Report of the Municipal Commissioner on the plague in Bombay for the year ending 31st May... - Volume 2
Disease focus: Plague
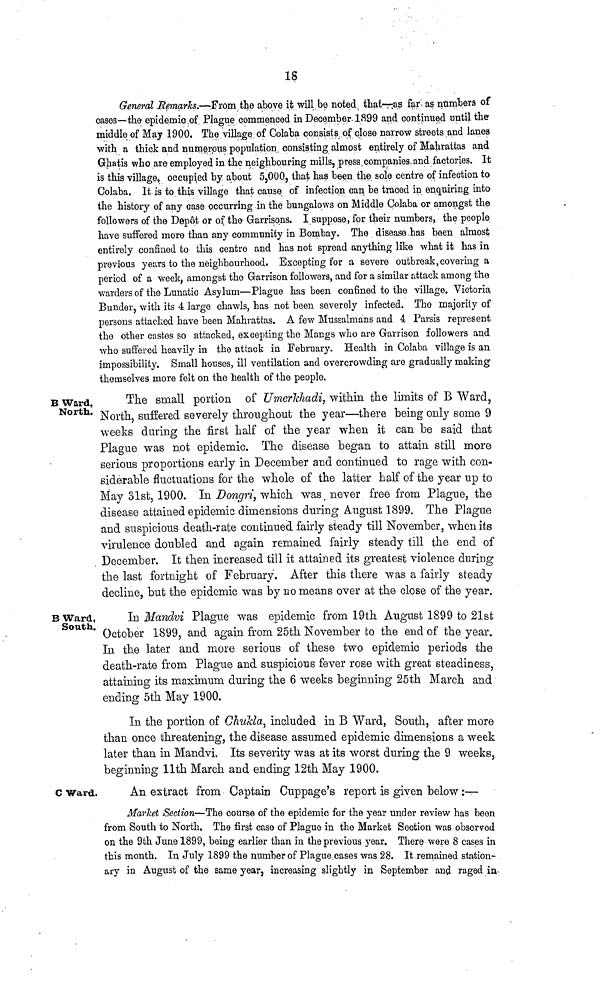
18
General Remarks.—'From the above it will be noted that—as far as numbers of
cases—the epidemic of Plague commenced in December-189 9 and continued until the-
middle of May 1900. The village of Colaba consists of close narrow streets and lanes
with a thick and numerous population consisting almost entirely of Mahrattas and
Ghatis who are employed in the neighbouring mills, press companies.and factories. It
is this village, occupied by about 5,000, that has been the sole centre of infection to
Colaba. It is to this village that cause of infection can be traced in enquiring into
the history of any case occurring in the bungalows on Middle Colaba or amongst the
followers of the Dep6t or of the Garrisons. I suppose, for their numbers, the people
have suffered more than any community in Bombay. The disease has been almost
entirely confined to this centre and has not spread anything like what it has in
previous years to the neighbourhood. Excepting for a severe outbreak,covering a
period of a week, amongst the Garrison followers, and for a similar attack among the
warders of the Lunatic Asylum—Plague has been confined to the village. Victoria
Bunder, with its 4 large chawls, has not been severely infected. The majority of
persons attacked have been Mahrattas. A few Mussalmans and 4 Parsis represent
the other castes so attacked, excepting the Mangs who are Garrison followers and
who suffered heavily in the attack in February. Health in Colaba village is an
impossibility. Small houses, ill ventilation and overcrowding are gradually making
themselves more felt on the health of the people.
B Ward,
North.
The small portion of Umer'kliadi, within the limits of B Ward,
North, suffered severely throughout the year—there being only some 9
weeks during the first half of the year when it can be said that
Plague was not epidemic. The disease began to attain still more
serious proportions early in December and continued to rage with con-
siderable fluctuations for the whole of the latter half of the year up to
May 31st, 1900. In Dongri, which was. never free from Plague, the
disease attained epidemic dimensions during August 1899. The Plague
and suspicious death-rate continued fairly steady till November, when its
virulence doubled and again remained fairly steady till the end of
December. It then increased till it attained its greatest violence during
the last fortnight of February. After this there was a fairly steady
decline, but the epidemic was by no means over at the close of the year.
B Ward,
South.
In Mandvi Plague was epidemic from 19th August 1899 to 21st
October 1899, and again from 25th November to the end of the year.
In the later and more serious of these two epidemic periods the
death-rate from Plague and suspicious fever rose with great steadiness,
attaining its maximum during the 6 weeks beginning 25th March and
ending 5th May 1900.
In the portion of Ghukla included in B Ward, South, after more
than once threatening, the disease assumed epidemic dimensions a week
later than in Mandvi. Its severity was at its worst during the 9 weeks,
beginning llth March and ending 12th May 1900.
C Ward.
An extract from Captain Cuppage's report is given below:—
Market Section—The course of the epidemic for the year under review has been
from South to North. The first case of Plague in the Market Section was observed
on the 9th June 1899, being earlier than in the previous year. There were 8 cases in
this month. In July 1899 the number of Plague cases was 28. It remained station-
ary in August of the same year, increasing slightly in September and raged irt.